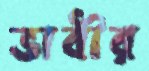
ভাবীর